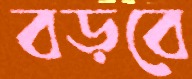
বড়বে